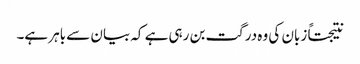
نتیجتاً زبان کی وہ درگت بن رہی ہے کہ بیان سے باہر ہے۔